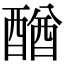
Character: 𨡴